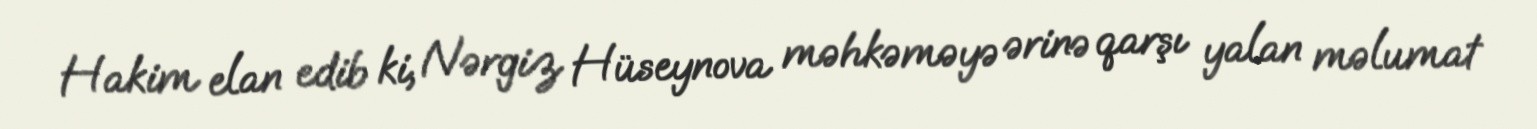
Hakim elan edib ki, Nərgiz Hüseynova məhkəməyə ərinə qarşı yalan məlumat